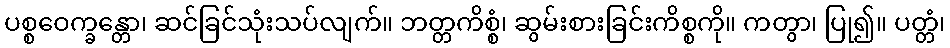
ပစ္စဝေက္ခန္တော၊ ဆင်ခြင်သုံးသပ်လျက်။ ဘတ္တကိစ္စံ၊ ဆွမ်းစားခြင်းကိစ္စကို။ ကတွာ၊ ပြု၍။ ပတ္တံ၊